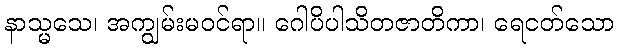
နာသ္မသေ၊ အကျွမ်းမဝင်ရာ။ ဂေါပိပါသိတဇာတိကာ၊ ရေငတ်သော